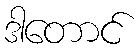
ဒါတောင်